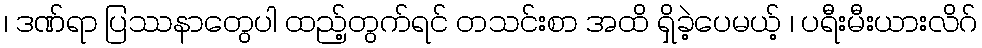
၊ ဒဏ်ရာ ပြဿနာတွေပါ ထည့်တွက်ရင် တသင်းစာ အထိ ရှိခဲ့ပေမယ့် ၊ ပရီးမီးယားလိဂ်